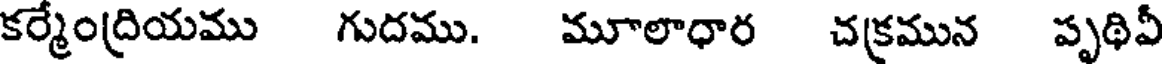
కర్మేంద్రియము గుదము. మూలాధార చక్రమున పృథివీ